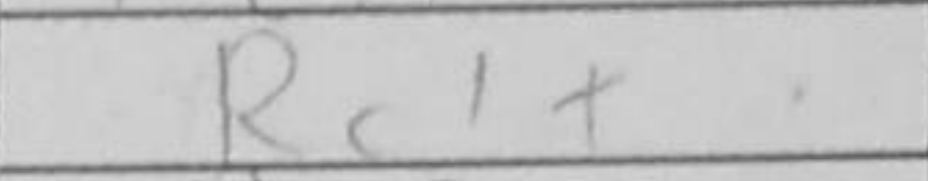
Transcription: Rc1+